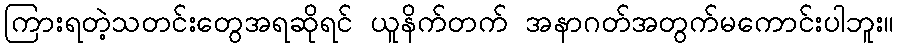
ကြားရတဲ့သတင်းတွေအရဆိုရင် ယူနိက်တက် အနာဂတ်အတွက်မကောင်းပါဘူး။